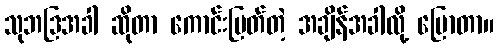
သုဘဒြအခါ ဆိုတာ ကောင်းမြတ်တဲ့ အချိန်အခါလို့ ပြောတာ။